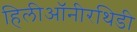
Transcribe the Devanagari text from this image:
हिलीऑनीरथिडी